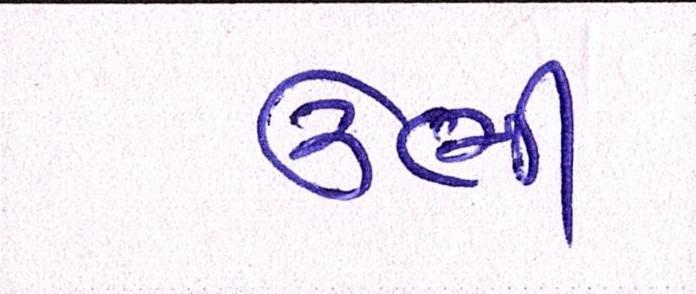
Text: ઉભી